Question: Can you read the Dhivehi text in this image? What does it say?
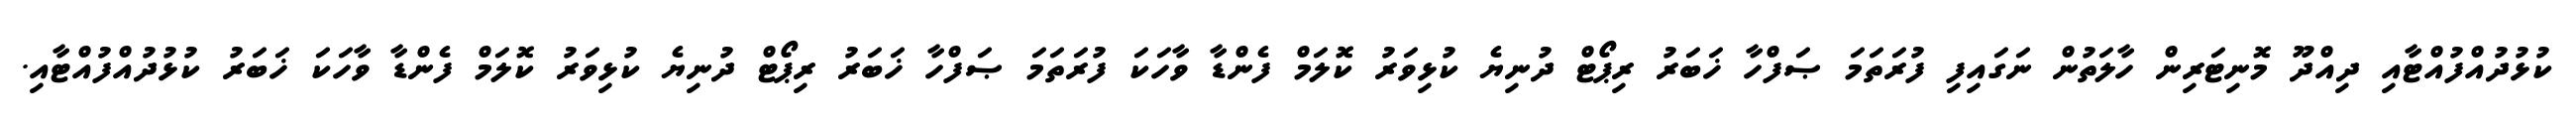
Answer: ކުޅުދުއްފުއްޓާއި ދިއްދޫ މޮނިޓަރިން ހާލަތުން ނަގައިފި ފުރަތަމަ ޞަފްހާ ޚަބަރު ރިޕޯޓް ދުނިޔެ ކުޅިވަރު ކޮލަމް ފެންޑާ ވާހަކަ ފުރަތަމަ ޞަފްހާ ޚަބަރު ރިޕޯޓް ދުނިޔެ ކުޅިވަރު ކޮލަމް ފެންޑާ ވާހަކަ ޚަބަރު ކުޅުދުއްފުއްޓާއި.